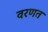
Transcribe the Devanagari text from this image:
वरणत